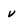
Character: v